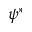
\psi ^ { * }